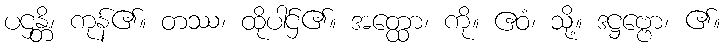
ပဌန္တိ၊ ကုန်၏။ တဿ၊ ထိုပါဌ်၏။ အတ္ထော၊ ကို။ ဧဝံ၊ သို့။ ဒဋ္ဌဗ္ဗော၊ ၏။